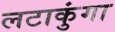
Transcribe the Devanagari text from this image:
लटाकुंगा